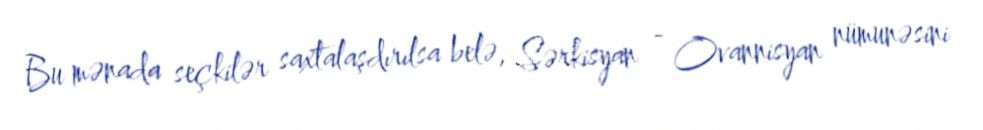
Bu mənada seçkilər saxtalaşdırılsa belə, Sərkisyan - Ovannisyan nümunəsini